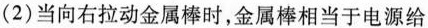
(2)当向右拉动金属棒时，金属棒相当于电源给